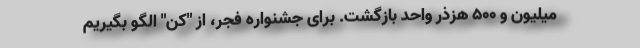
میلیون و ۵۰۰ هزذر واحد بازگشت. برای جشنواره فجر، از "کن" الگو بگیریم